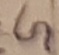
Text: G